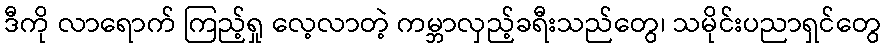
ဒီကို လာရောက် ကြည့်ရှု လေ့လာတဲ့ ကမ္ဘာလှည့်ခရီးသည်တွေ၊ သမိုင်းပညာရှင်တွေ